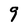
Character: 9